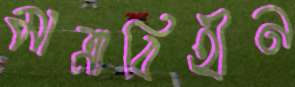
মাত্রাবিহীন